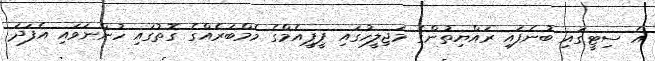
އެ ސިޓީގައި ބުނެފައި ރައްޔިތުންގެ މަޖިލީހުގައި ޕީޕީއެމްގެ މެމްބަރެއްގެ ގޮތުގައި ހުންނަވައި އެފަދަ